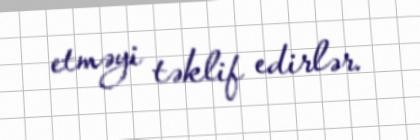
etməyi təklif edirlər.